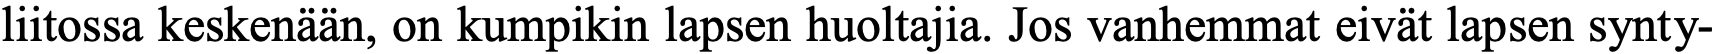
liitossa keskenään, on kumpikin lapsen huoltajia. Jos vanhemmat eivät lapsen synty-